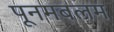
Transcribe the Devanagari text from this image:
पूनमबलम